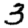
Digit: 3